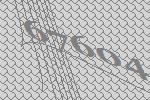
67604